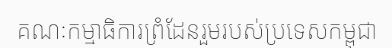
គណៈកម្មាធិការព្រំដែនរួមរបស់ប្រទេសកម្ពុជា